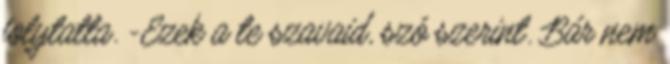
folytatta. -Ezek a te szavaid, szó szerint. Bár nem